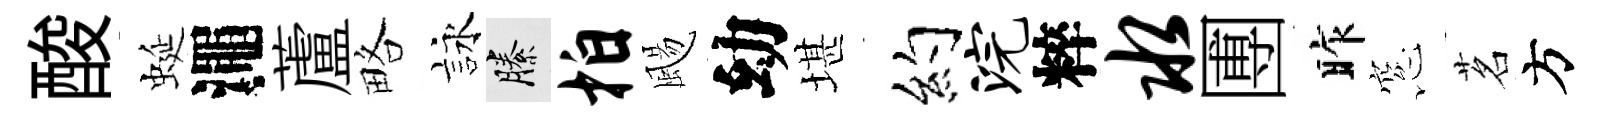
酸蜒澠蘆略詠縢拍颺幼堪约浣粹水圑昨窓茗方